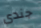
جندى